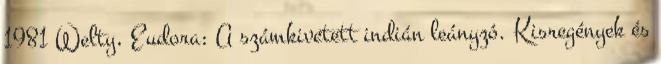
1981 Welty, Eudora: A számkivetett indián leányzó. Kisregények és